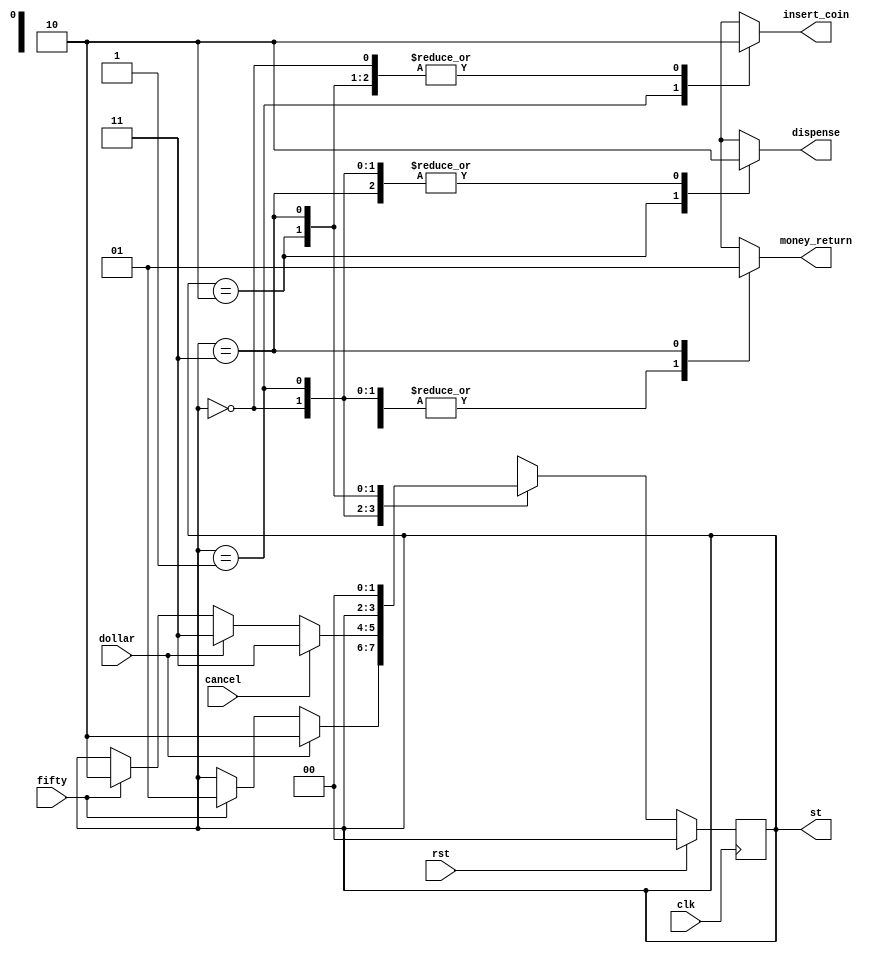
`timescale 1ns/1ps
module lab1_FSM(input fifty, dollar, cancel, rst, clk,
                output reg insert_coin, money_return, dispense,
                output reg [1:0] st);

    parameter INIT=2'b00, S50c=2'b01, VEND=2'b10, RETURN=2'b11;
    reg[1:0] nst;

    always@(posedge clk)
    begin  
        if (rst)
        begin
            st <= INIT;
        end
        
        else
        begin
            st <= nst;
        end     
    end

    always@*
    begin
        nst = st;
        insert_coin = 1'b0;
        money_return = 1'b0;
        dispense = 1'b0;
        case (st)
            INIT:
            begin
                if(fifty)
                begin
                    nst = S50c;
                end
                if (dollar)
                begin
                    nst = VEND;
                end
            end

            S50c:
            begin
            insert_coin = 1'b1;
                if(fifty)
                begin
                    nst = VEND;
                end
                if(dollar)
                begin
                    nst = RETURN;
                end
                if(cancel)
                begin
                    nst = RETURN;
                end
            end

            VEND:
            begin
                dispense = 1'b1;
            end

            RETURN:
            begin
                money_return = 1'b1;
                nst = INIT;
            end
        endcase
    end
endmodule